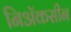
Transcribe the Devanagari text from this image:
निॲकसीन